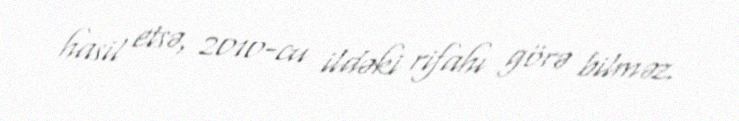
hasil etsə, 2010-cu ildəki rifahı görə bilməz.